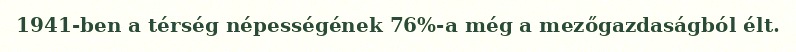
1941-ben a térség népességének 76%-a még a mezőgazdaságból élt.